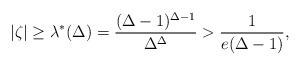
LaTeX: \begin{align*}|\zeta| \geq \lambda^*(\Delta) = \frac{(\Delta-1)^{\Delta - 1}}{\Delta^{\Delta}} > \frac{1}{e(\Delta-1)},\end{align*}